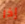
إذا